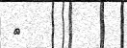
١